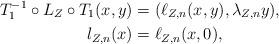
LaTeX: \begin{align*} {T_{1}^{-1}\circ L_{Z}\circ T_{1}(x,y)} &= (\ell_{Z,n}(x,y), \lambda_{Z,n} y), \\ l_{Z,n}(x) &= \ell_{Z,n}(x,0),\end{align*}